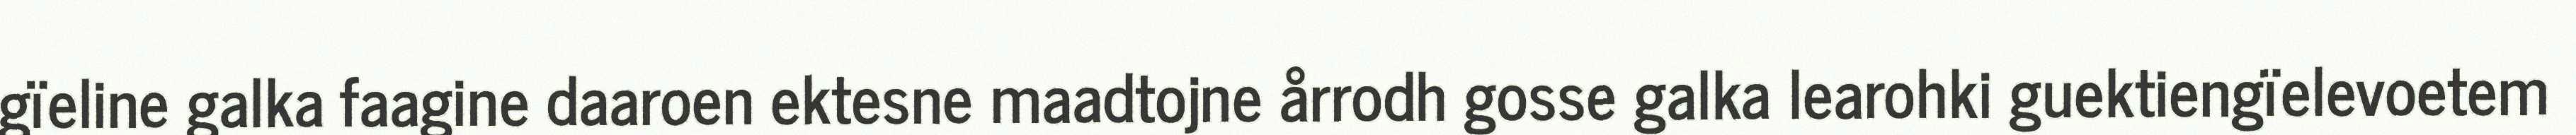
gïeline galka faagine daaroen ektesne maadtojne årrodh gosse galka learohki guektiengïelevoetem